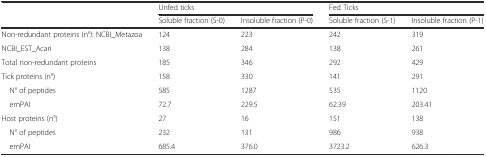
|  | <COLSPAN=2> Unfed ticks | <COLSPAN=2> Fed Ticks |
 |  | Soluble fraction (S-0) | Insoluble fraction (P-0) | Soluble fraction (S-1) | Insoluble fraction (P-1) |
 | --- | --- | --- | --- | --- |
 | Non-redundant proteins (n°): NCBI_Metazoa | 124 | 223 | 242 | 319 |
 | NCBI_EST_Acari | 138 | 284 | 138 | 261 |
 | Total non-redundant proteins | 185 | 346 | 292 | 429 |
 | Tick proteins (n°) | 158 | 330 | 141 | 291 |
 | N° of peptides | 585 | 1287 | 535 | 1120 |
 | emPAI | 72.7 | 229.5 | 62.39 | 203.41 |
 | Host proteins (n°) | 27 | 16 | 151 | 138 |
 | N° of peptides | 232 | 131 | 986 | 938 |
 | emPAI | 685.4 | 376.0 | 3723.2 | 626.3 |